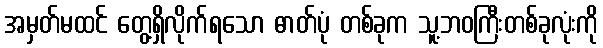
အမှတ်မထင် တွေ့ရှိလိုက်ရသော ဓာတ်ပုံ တစ်ခုက သူ့ဘဝကြီးတစ်ခုလုံးကို